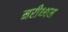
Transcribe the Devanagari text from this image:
नरीथ्थम